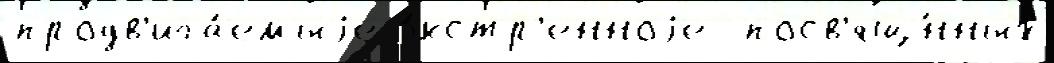
продв'ига́емыjе э́кстр'енноjе  посв'ящ́нных